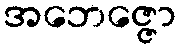
အဘေဇ္ဇော